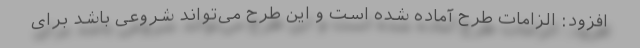
افزود: الزامات طرح آماده شده است و این طرح می‌تواند شروعی باشد برای